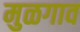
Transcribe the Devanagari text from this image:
मुळगाव